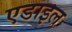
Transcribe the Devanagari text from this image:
एडाइल